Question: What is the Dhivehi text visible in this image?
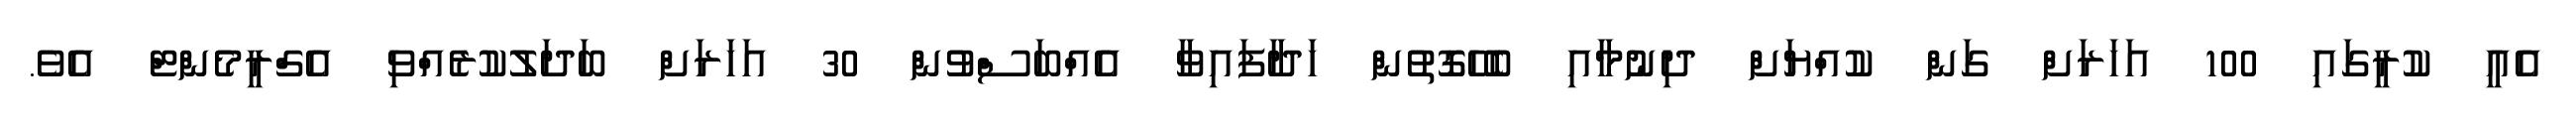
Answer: އެއީ ކުރީގައި 100 އަހަރަށް ގަން ކުއްޔަށް ދިނުމާއި ބެހޭގޮތުން ހަދާފައިވާ އެއްބަސްވުން 30 އަހަރަށް ބަދަލުކުރެއްވި އެގްރީމެންޓް އެވެ.